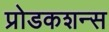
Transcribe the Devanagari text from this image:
प्रोडकशन्स